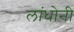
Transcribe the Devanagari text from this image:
लांधोनी